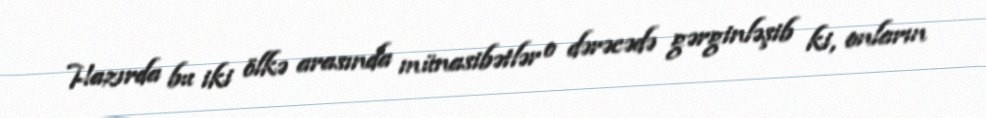
Hazırda bu iki ölkə arasında münasibətlər o dərəcədə gərginləşib ki, onların